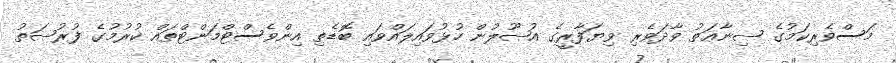
މަސްވެރިކަމުގެ ޞިނާޢަތު ވާދަވެރި ވިޔަފާރީގެ އުޞޫލުން ހުޅުވައިލައްވައި ބޮޑެތި އިންވެސްޓްމަންޓްތައް ކުރުމުގެ ފުރުޞަތު